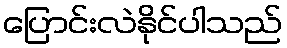
ပြောင်းလဲနိုင်ပါသည်